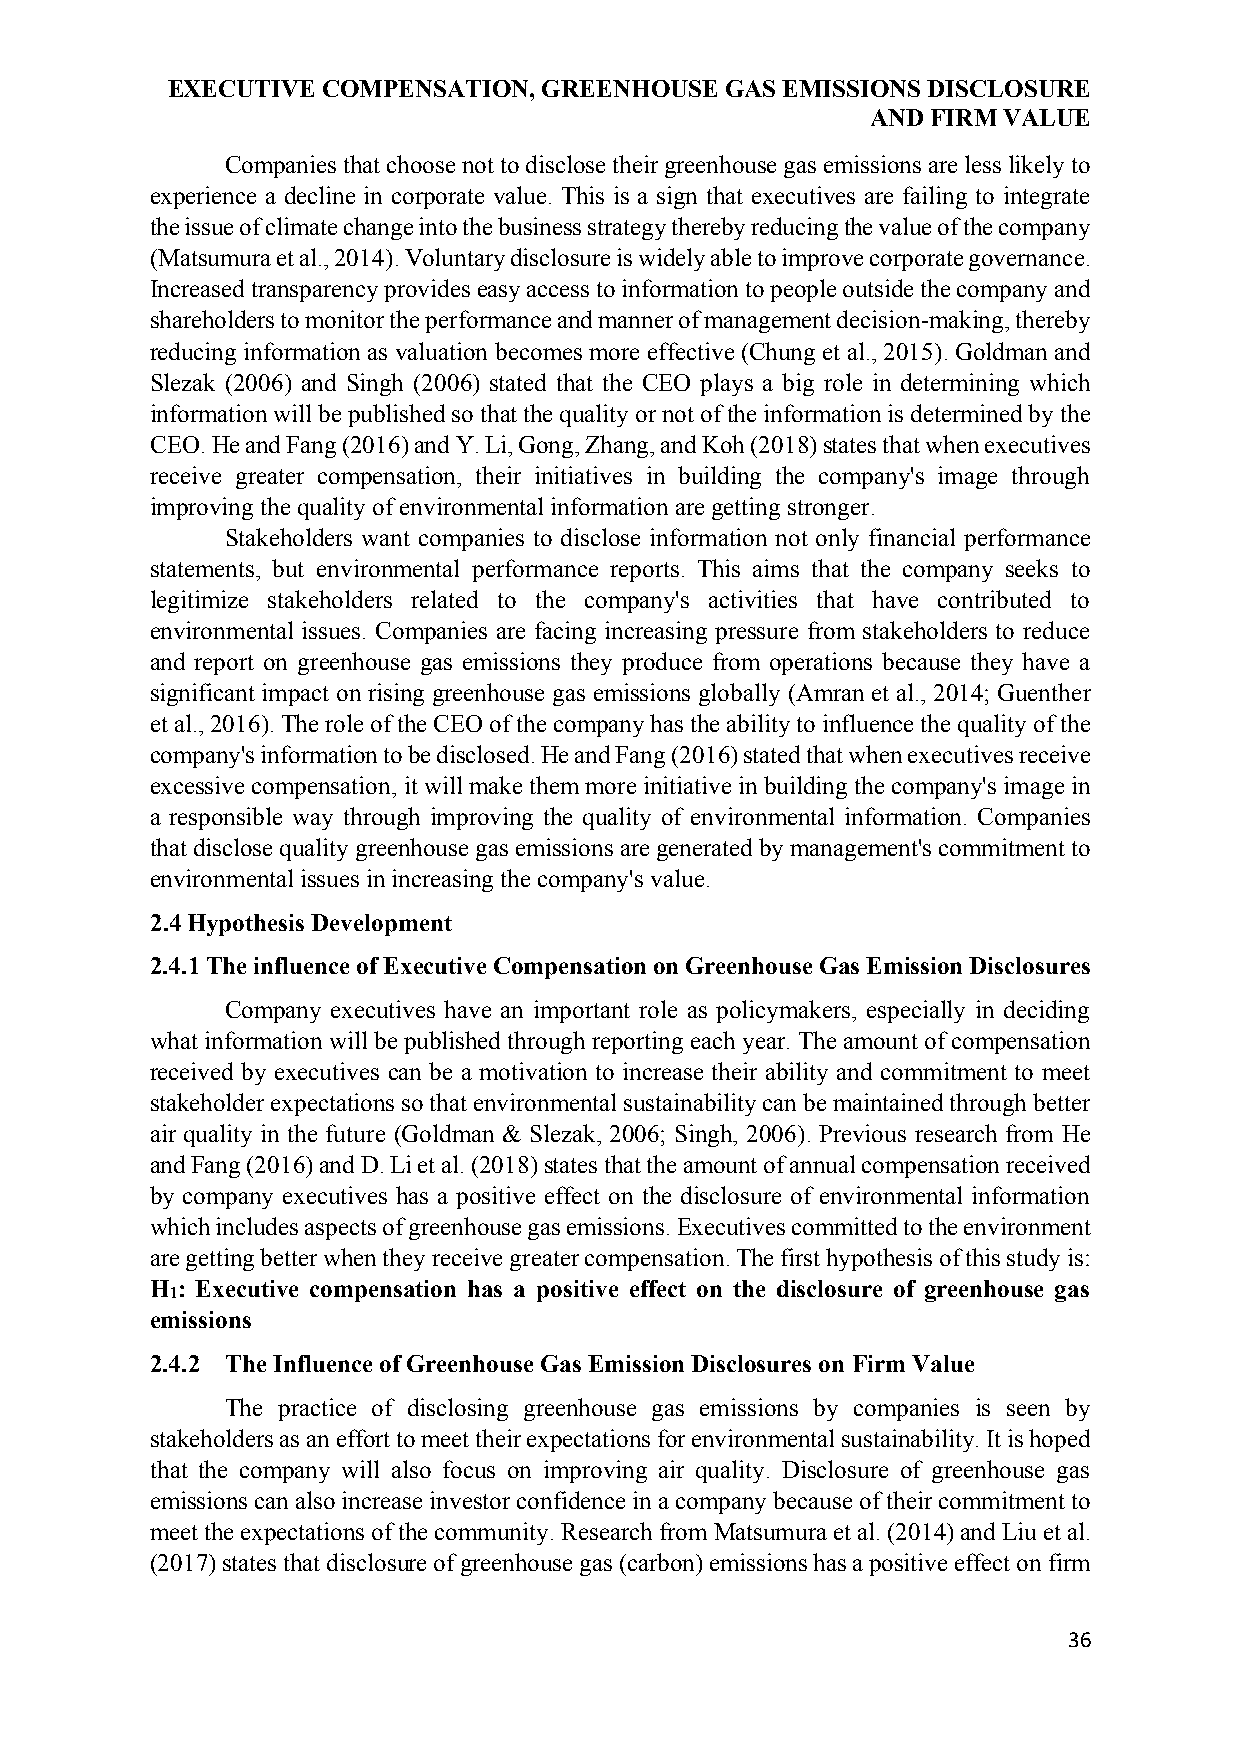
EXECUTIVE COMPENSATION,  GREENHOUSE  GAS EMISSIONS DISCLOSURE
 AND FIRM VALUE
 Companies that choose not to disclose their greenhouse gas emissions are less likely to
 experience a decline in corporate value. This is a sign that executives are failing to integrate
 the issue of climate change into the business strategy thereby reducing the value of the company
 (Matsumura et al., 2014). Voluntary disclosure is widely able to improve corporate governance.
 Increased transparency provides easy access to information to people outside the company and
 shareholders to monitor the performance and manner of management decision-making, thereby
 reducing information as valuation becomes more effective (Chung et al., 2015). Goldman and
 Slezak (2006) and Singh (2006) stated that the CEO plays a big role in determining which
 information will be published so that the quality or not of the information is determined by the
 CEO. He and Fang (2016) and Y. Li, Gong, Zhang, and Koh (2018) states that when executives
 receive greater compensation, their initiatives in building the company's image through
 improving the quality of environmental information are getting stronger.
 Stakeholders want companies to disclose information not only financial performance
 statements, but environmental performance reports. This aims that the company seeks to
 legitimize stakeholders related to the company's activities that have contributed to
 environmental issues. Companies are facing increasing pressure from stakeholders to reduce
 and report on greenhouse gas emissions they produce from operations because they have a
 significant impact on rising greenhouse gas emissions globally (Amran et al., 2014; Guenther
 et al., 2016). The role of the CEO of the company has the ability to influence the quality of the
 company's information to be disclosed. He and Fang (2016) stated that when executives receive
 excessive compensation, it will make them more initiative in building the company's image in
 a responsible way through improving the quality of environmental information. Companies
 that disclose quality greenhouse gas emissions are generated by management's commitment to
 environmental issues in increasing the company's value.
 2.4 Hypothesis Development
 2.4.1 The influence of Executive Compensation on Greenhouse Gas Emission Disclosures
 Company executives have an important role as policymakers, especially in deciding
 what information will be published through reporting each year. The amount of compensation
 received by executives can be a motivation to increase their ability and commitment to meet
 stakeholder expectations so that environmental sustainability can be maintained through better
 air quality in the future (Goldman & Slezak, 2006; Singh, 2006). Previous research from He
 and Fang (2016) and D. Li et al. (2018) states that the amount of annual compensation received
 by company executives has a positive effect on the disclosure of environmental information
 which includes aspects of greenhouse gas emissions. Executives committed to the environment
 are getting better when they receive greater compensation. The first hypothesis of this study is:
 H : Executive compensation has a positive effect on the disclosure of greenhouse gas
 1
 emissions
 2.4.2 The Influence of Greenhouse Gas Emission Disclosures on Firm Value
 The practice of disclosing greenhouse gas emissions by companies is seen by
 stakeholders as an effort to meet their expectations for environmental sustainability. It is hoped
 that the company will also focus on improving air quality. Disclosure of greenhouse gas
 emissions can also increase investor confidence in a company because of their commitment to
 meet the expectations of the community. Research from Matsumura et al. (2014) and Liu et al.
 (2017) states that disclosure of greenhouse gas (carbon) emissions has a positive effect on firm
 36